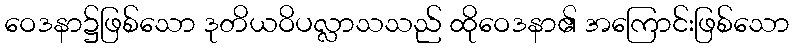
ဝေဒနာ၌ဖြစ်သော ဒုတိယဝိပလ္လာသသည် ထိုဝေဒနာ၏ အကြောင်းဖြစ်သော